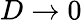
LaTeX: D\to 0